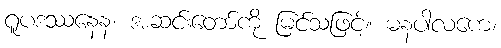
ရူပဒဿနေန၊ အဆင်းတော်ကို မြင်သဖြင့်။ ဓနပါလကေ၊